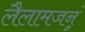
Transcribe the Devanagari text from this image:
लैलामजनूं